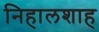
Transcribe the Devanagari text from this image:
निहालशाह